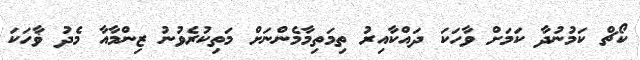
ކޯޗް ކަމުނުދާ ކަމަށް ވާހަކަ ދައްކާއިރު ތިމަތިމާމެންނަށް މަތިކުރެވުނު ޒިންމާއާ މެދު ޥާހަކަ